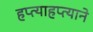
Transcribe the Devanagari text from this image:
हप्त्याहप्त्याने